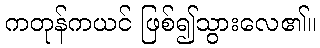
ကတုန်ကယင် ဖြစ်၍သွားလေ၏။